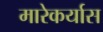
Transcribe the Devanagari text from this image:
मारेकर्यास